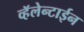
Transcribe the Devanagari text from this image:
व्हॅलेन्टाईन